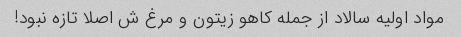
مواد اولیه سالاد از جمله کاهو زیتون و مرغ ش اصلا تازه نبود!